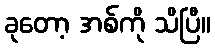
ခုတော့ အစ်ကို သိပြီ။